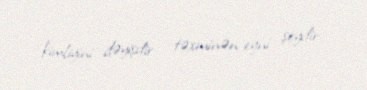
kimliyini dəyişdir - təxminən eyni şeydir.